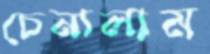
চেনালাম